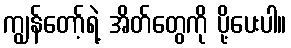
ကျွန်တော့်ရဲ့ အိတ်တွေကို ပို့ပေးပါ။